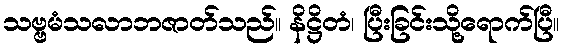
သဗ္ဗမံသလာဘဇာတ်သည်။ နိဋ္ဌိတံ၊ ပြီးခြင်းသို့ရောက်ပြီ။